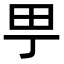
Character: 甼